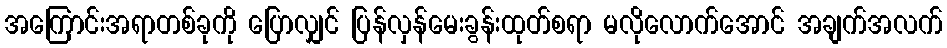
အကြောင်းအရာတစ်ခုကို ပြောလျှင် ပြန်လှန်မေးခွန်းထုတ်စရာ မလိုလောက်အောင် အချက်အလက်